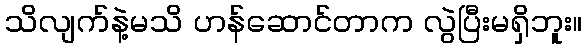
သိလျက်နဲ့မသိ ဟန်ဆောင်တာက လွဲပြီးမရှိဘူး။